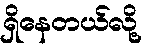
ရှိနေတယ်လို့